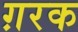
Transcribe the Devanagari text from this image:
ग़रक